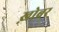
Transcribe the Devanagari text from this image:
ख़ोबर